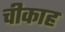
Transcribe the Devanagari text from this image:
चीकाह